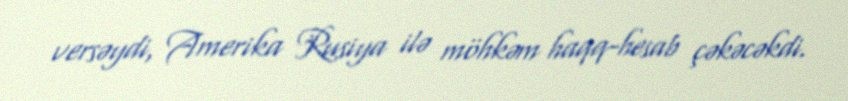
versəydi, Amerika Rusiya ilə möhkəm haqq-hesab çəkəcəkdi.